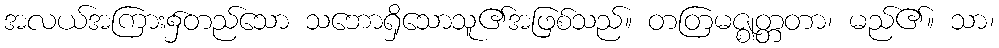
အလယ်အကြား၌တည်သော သဘောရှိသောသူ၏အဖြစ်သည်။ တတြမဇ္ဈတ္တတာ၊ မည်၏။ သာ၊